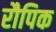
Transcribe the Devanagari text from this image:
रौपिक